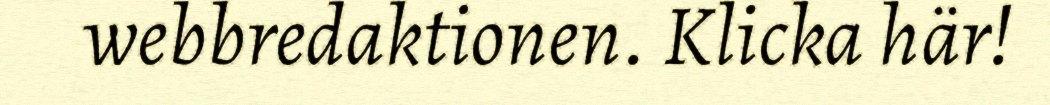
webbredaktionen. Klicka här!